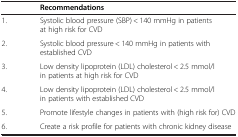
<table><thead><tr><td><b> </b></td><td><b>Recommendations</b></td></tr></thead><tbody><tr><td>1.</td><td>Systolic blood pressure (SBP) &lt; 140 mmHg in patients at high risk for CVD</td></tr><tr><td>2.</td><td>Systolic blood pressure &lt; 140 mmHg in patients with established CVD</td></tr><tr><td>3.</td><td>Low density lipoprotein (LDL) cholesterol &lt; 2.5 mmol/l in patients at high risk for CVD</td></tr><tr><td>4.</td><td>Low density lipoprotein (LDL) cholesterol &lt; 2.5 mmol/l in patients with established CVD</td></tr><tr><td>5.</td><td>Promote lifestyle changes in patients with (high risk for) CVD</td></tr><tr><td>6.</td><td>Create a risk profile for patients with chronic kidney disease</td></tr></tbody></table>